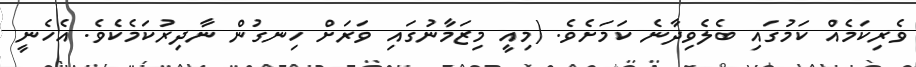
ވެރިކަމެއް ކަމުގައި ބެލެވިދާނެ ކަމަށެވެ. (މިއީ މިޒަމާނުގައި ވަރަށް ހިނގުން ނާދިރުކަމެކެވެ. އެހެނީ